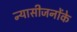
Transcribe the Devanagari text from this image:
न्यासीजनोंके